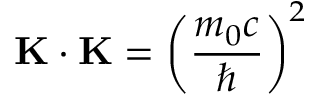
\mathbf { K } \cdot \mathbf { K } = \left( { \frac { m _ { 0 } c } { \hbar } } \right) ^ { 2 }